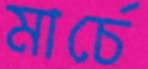
মার্চে